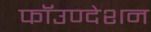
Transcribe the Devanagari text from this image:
फॉउण्देशन